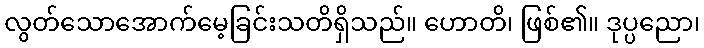
လွတ်သောအောက်မေ့ခြင်းသတိရှိသည်။ ဟောတိ၊ ဖြစ်၏။ ဒုပ္ပညော၊